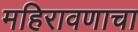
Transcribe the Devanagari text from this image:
महिरावणाचा